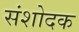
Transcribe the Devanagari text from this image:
संशोदक